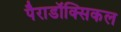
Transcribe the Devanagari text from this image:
पैराडॉक्सिकल